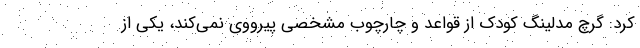
کرد: گرچ مدلینگ کودک از قواعد و چارچوب مشخصی پیرووی نمی‌کند، یکی از